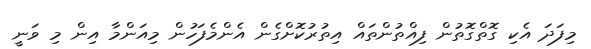
މިފަދަ އެކި ގޮތްގޮތުން ފިއްތުންތައް އިތުރުކޮށްގެން އެންމެފަހުން މިއަންމާ އިން މި ވަނީ